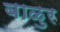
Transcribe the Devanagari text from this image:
बाळुर